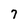
Character: 7